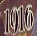
1916